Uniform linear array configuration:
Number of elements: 24
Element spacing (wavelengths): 0.5
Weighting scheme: binomial
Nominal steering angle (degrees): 60
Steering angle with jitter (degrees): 60.797
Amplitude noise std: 0.05
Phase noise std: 0.05

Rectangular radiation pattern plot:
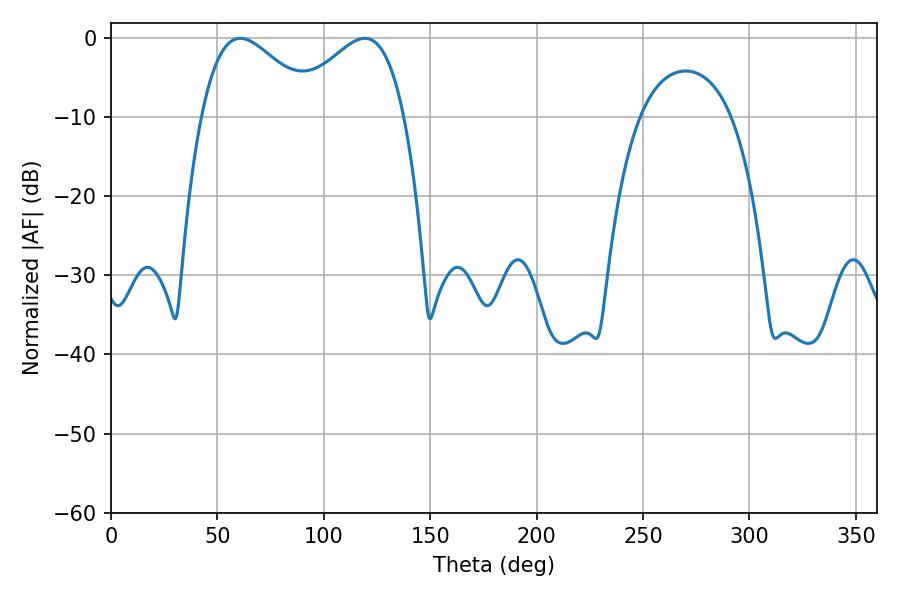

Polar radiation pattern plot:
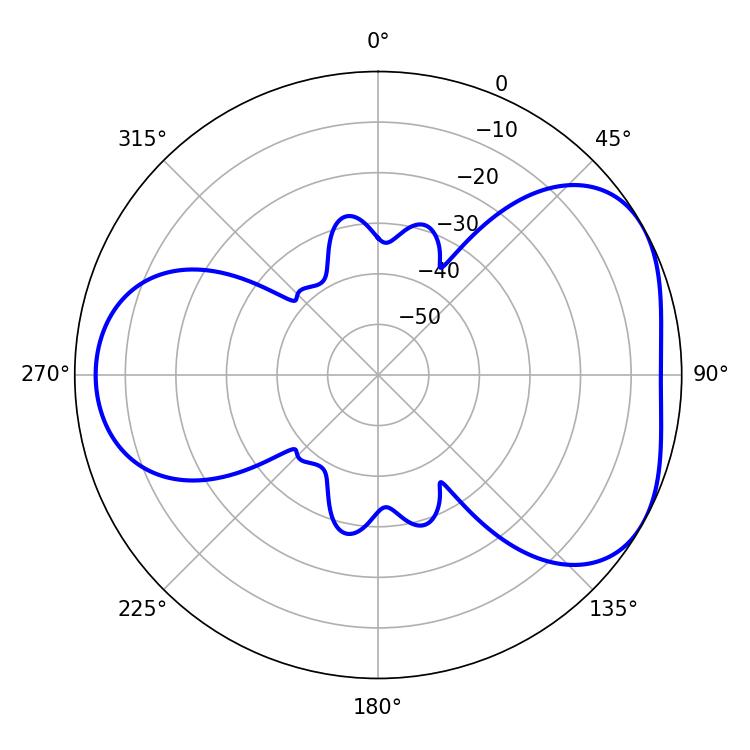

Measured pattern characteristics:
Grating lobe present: FALSE
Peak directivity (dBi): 4.448
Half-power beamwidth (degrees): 28.98
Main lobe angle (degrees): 60.66